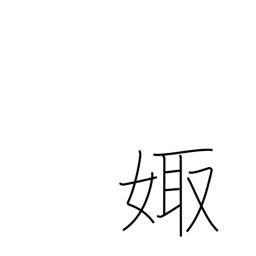
Meaning: marry